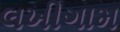
લખીગામ